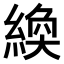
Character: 𫃴